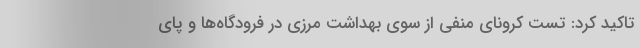
تاکید کرد: تست کرونای منفی از سوی بهداشت مرزی در فرودگاه‌ها و پای